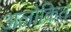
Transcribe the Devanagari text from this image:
अलौकित